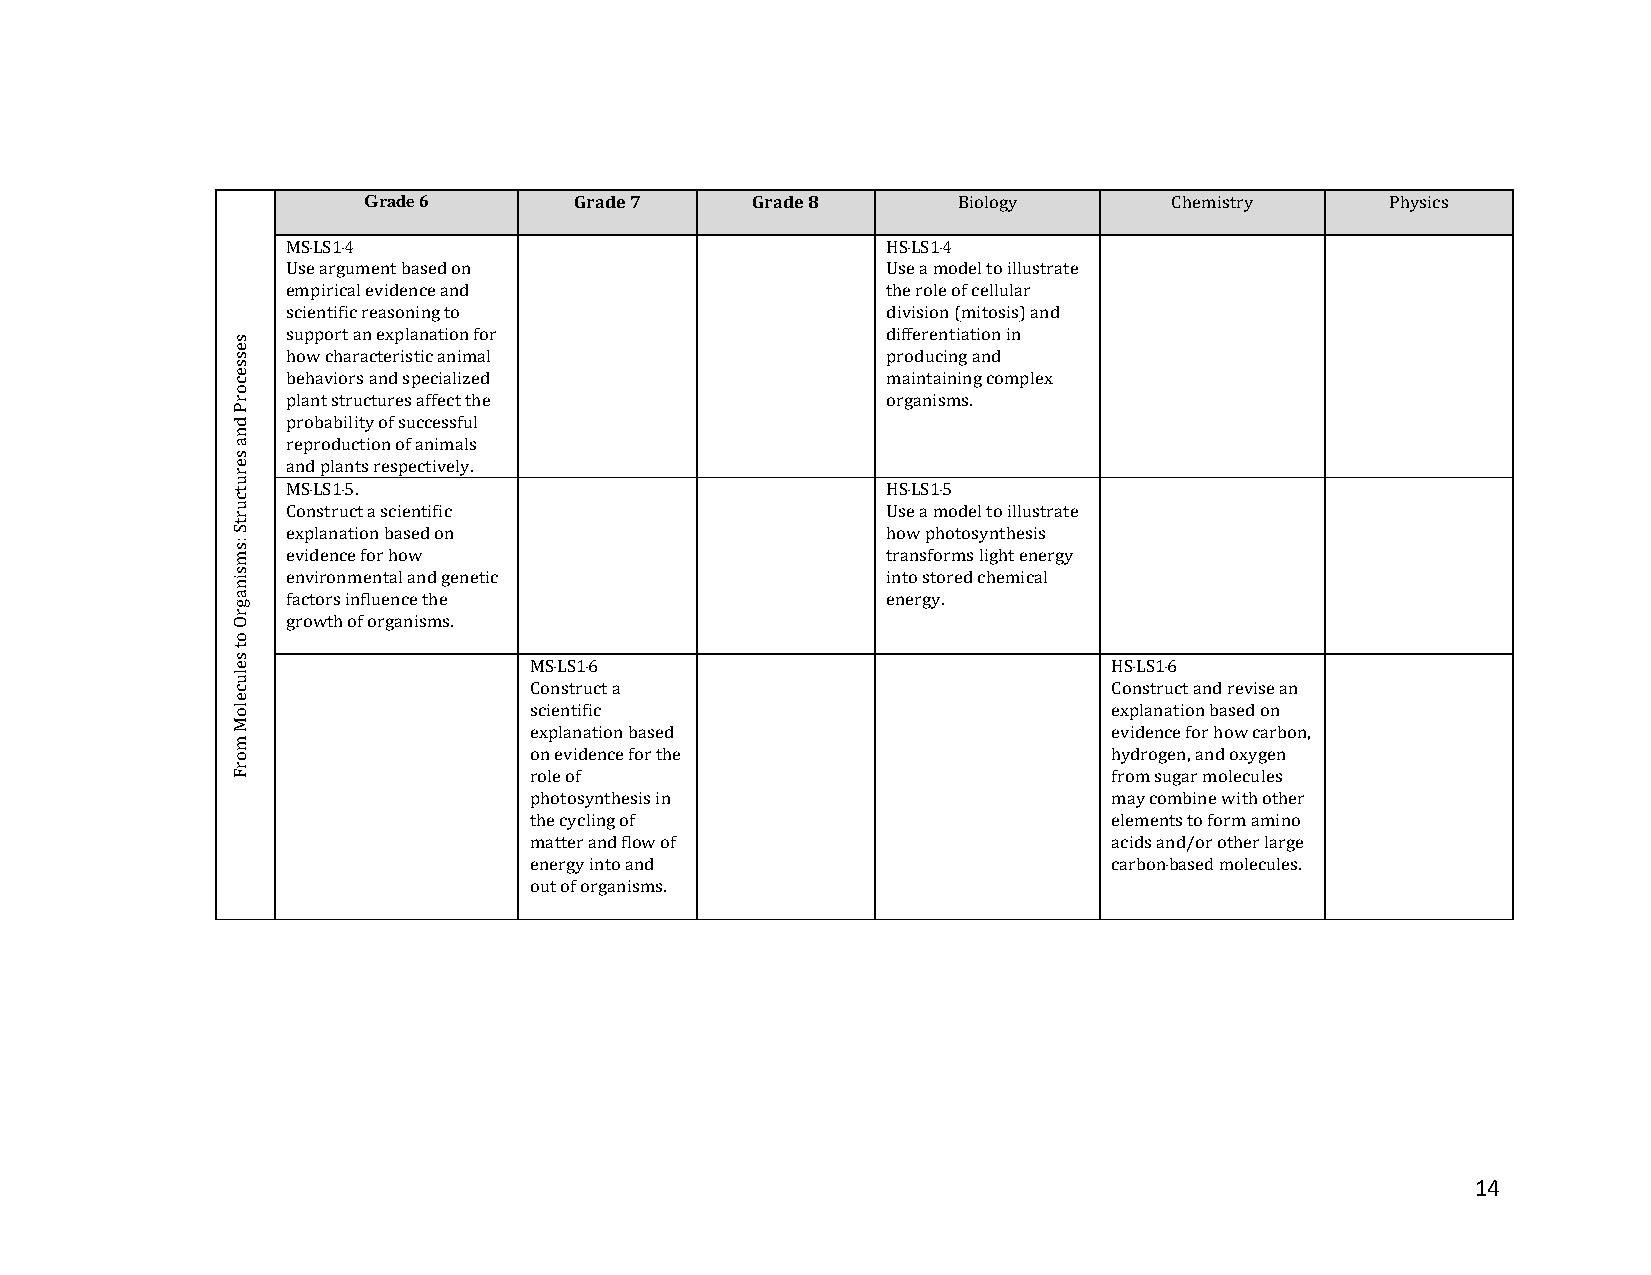
Grade 6       Grade 7     Grade 8      Biology        Chemistry     Physics
 MS‐LS1‐4                                HS‐LS1‐4
 Use argument based on                   Use a model to illustrate
 empirical evidence and                  the role of cellular
 scientific reasoning to                 division (mitosis) and
 support an explanation for              differentiation in
 how characteristic animal               producing and
 behaviors and specialized               maintaining complex
 plant structures affect the             organisms.
 probability of successful
 reproduction of animals
 and plants respectively.
 MS‐LS1‐5.                               HS‐LS1‐5
 Construct a scientific                  Use a model to illustrate
 explanation based on                    how photosynthesis
 evidence for how                        transforms light energy
 environmental and genetic               into stored chemical
 factors influence the                   energy.
 growth of organisms.
 MS‐LS1‐6                               HS‐LS1‐6
 Construct a                            Construct and revise an
 scientific                             explanation based on
 explanation based                      evidence for how carbon,
 on evidence for the                    hydrogen, and oxygen
 role of                                from sugar molecules
 photosynthesis in                      may combine with other
 the cycling of                         elements to form amino
 matter and flow of                     acids and/or other large
 energy into and                        carbon‐based molecules.
 out of organisms.
 14
 sessecorP
 dna
 serutcurtS
 :smsinagrO
 ot
 seluceloM
 morF